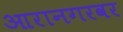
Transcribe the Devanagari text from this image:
आरानगरवर